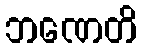
ဘဏေတိ